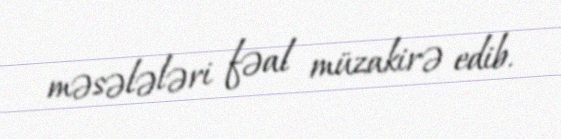
məsələləri fəal müzakirə edib.